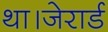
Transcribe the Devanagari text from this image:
था।जेरार्ड